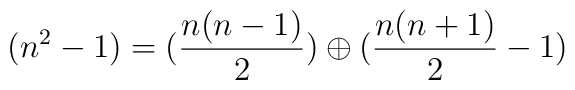
(n^2 -1) = (\frac{n(n-1)}{2} ) \oplus (\frac{n(n+1)}{2} -1)